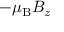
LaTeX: - \mu _ { \mathrm { { B } } } B _ { z }